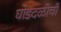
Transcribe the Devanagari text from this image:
घोडदळीची